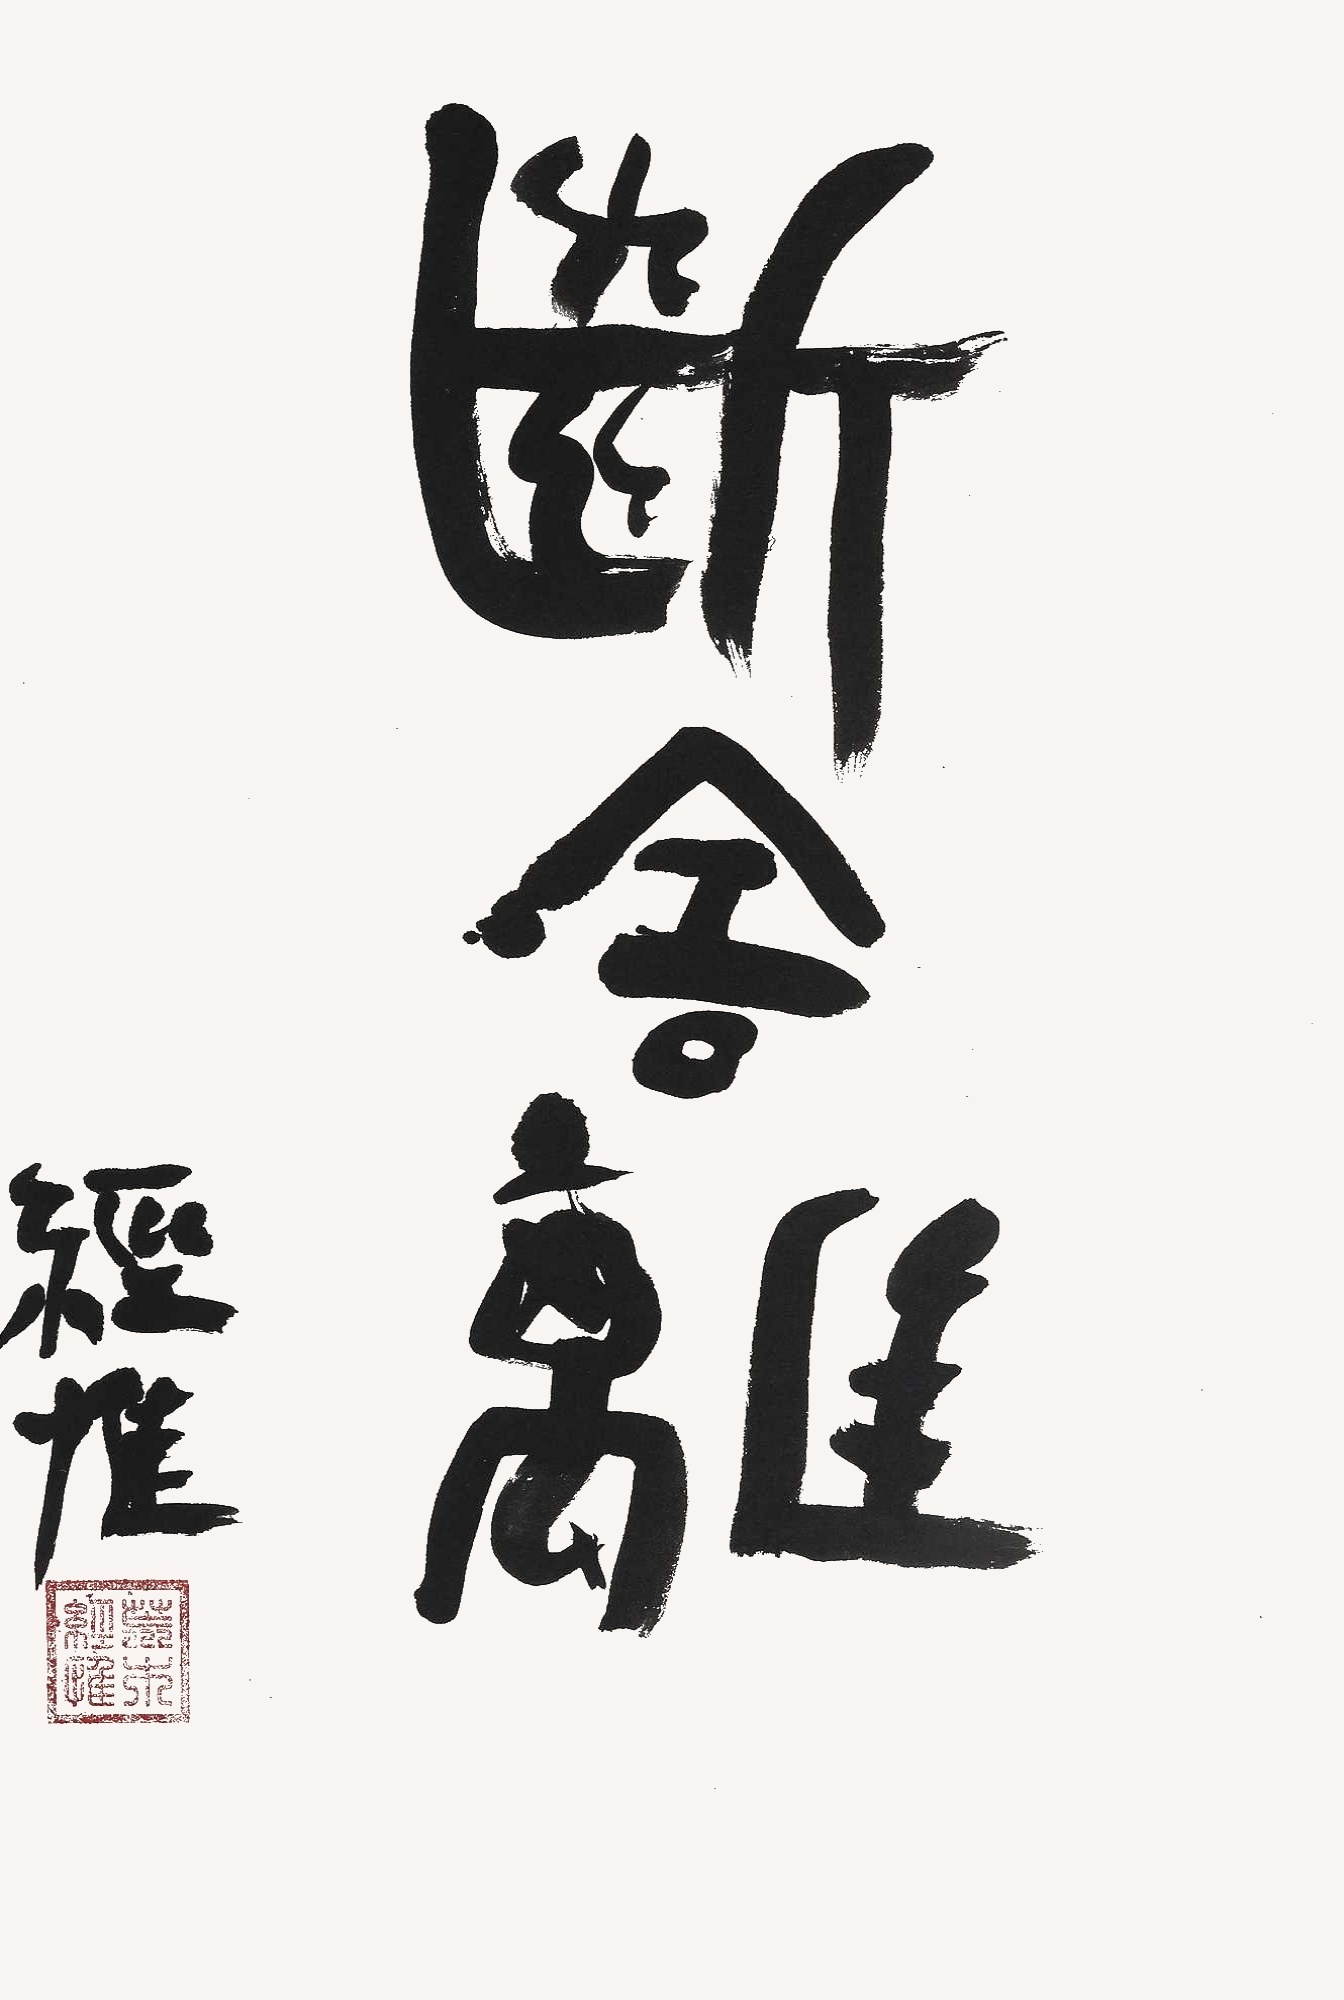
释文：断舍离经惟